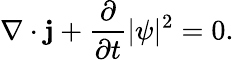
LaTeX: \nabla\cdot\mathbf{j}+{\frac{\partial}{\partial t}}|\psi|^{2}=0.